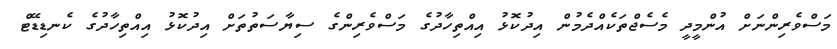
މަސްވެރިންނަށް އުންމީދީ މެސެޖްތަކެއްދެމުން އިދުކޮޅު އިއްތިހާދުގެ މަސްވެރިންގެ ސިޔާސަތުތަށް އިދުކޮޅު އިއްތިހާދުގެ ކެނޑިޑޭޓް